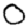
Digit: 0